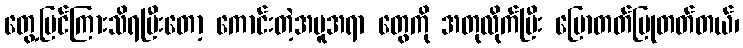
တွေ့မြင်ကြားသိရပြီးတော့ ကောင်းတဲ့အမူအရာ တွေကို အတုလိုက်ပြီး ပြောတတ်ပြုတတ်တယ်၊